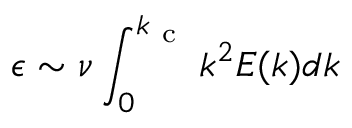
\epsilon \sim \nu \int _ { 0 } ^ { k _ { \mathrm { ~ c ~ } } } k ^ { 2 } E ( k ) d k